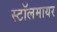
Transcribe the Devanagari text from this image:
स्टॉलमायर